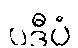
ပဒီပံ